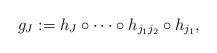
LaTeX: \begin{align*} g_J:= h_J\circ \cdots \circ h_{j_1j_2}\circ h_{j_1},\end{align*}